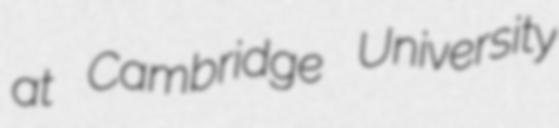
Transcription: at Cambridge University